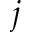
j